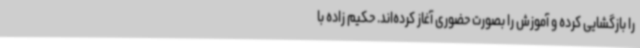
را بازگشایی کرده و آموزش را بصورت حضوری آغاز کرده‌اند. حکیم زاده با